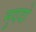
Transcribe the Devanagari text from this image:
मुददो